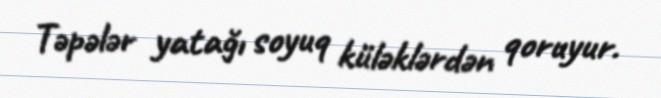
Təpələr yatağı soyuq küləklərdən qoruyur.